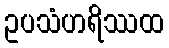
ဥပသံဟရိဿထ